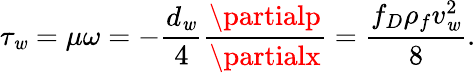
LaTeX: \tau_{\mathit{w}}=\mu\omega=-\frac{{d_{\mathit{w}}}}{{4}}\frac{{\partialp}}{{\partialx}}=\frac{{f_{D}\rho_{f}v_{\mathit{w}}^{2}}}{{8}}.